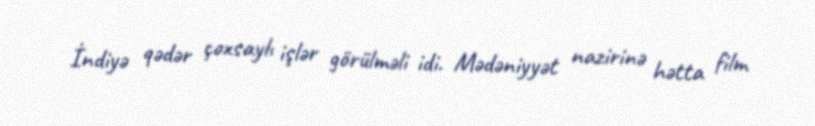
İndiyə qədər çoxsaylı işlər görülməli idi. Mədəniyyət nazirinə hətta film